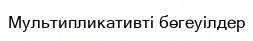
Мультипликативті бөгеуілдер